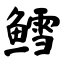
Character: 鳕